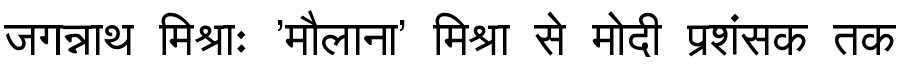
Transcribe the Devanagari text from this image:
जगन्नाथ मिश्राः 'मौलाना' मिश्रा से मोदी प्रशंसक तक